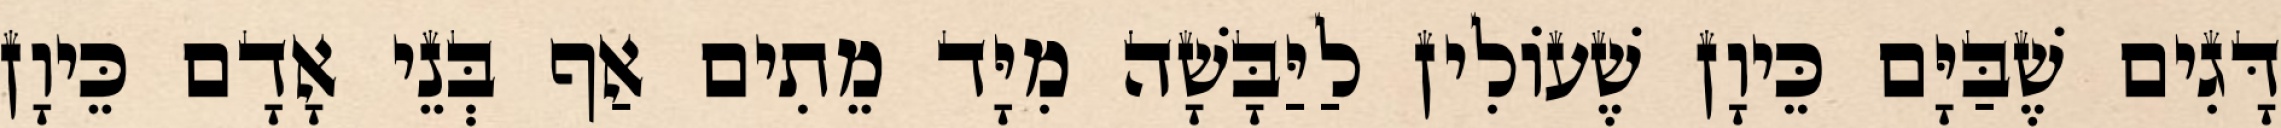
דָּגִים שֶׁבַּיָּם כֵּיוָן שֶׁעוֹלִין לַיַּבָּשָׁה מִיָּד מֵתִים אַף בְּנֵי אָדָם כֵּיוָן